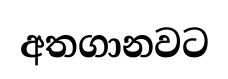
අතගානවට